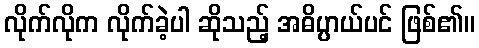
လိုက်လိုက လိုက်ခဲ့ပါ ဆိုသည့် အဓိပ္ပာယ်ပင် ဖြစ်၏။